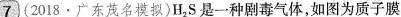
7(2018·广东茂名模拟)H_{2}S是一种剧毒气体，如图为质子膜